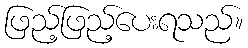
ဖြည့်ဖြည့်ပေးရသည်။